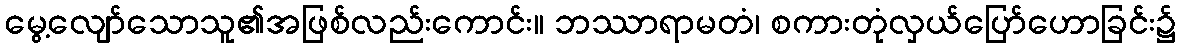
မွေ့လျော်သောသူ၏အဖြစ်လည်းကောင်း။ ဘဿာရာမတံ၊ စကားတုံလှယ်ပြော်ဟောခြင်း၌